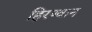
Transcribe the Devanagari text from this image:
हिरण्वान